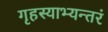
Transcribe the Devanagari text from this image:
गृहस्याभ्यन्तरं